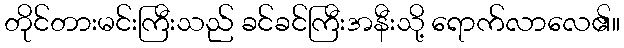
တိုင်တားမင်းကြီးသည် ခင်ခင်ကြီးအနီးသို့ ရောက်လာလေ၏။